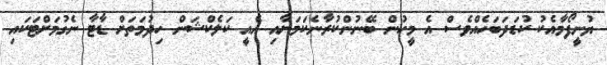
ޔުނީފޯމާއެކު ކުޑަދަބަހެއްވެސް އެ މީހުން ބޭނުންކުރާނެކަމަށާއި އެއީ ކަލެކްޝަން ހިދުމަތަށް ޑާޓާ ނެގުމަށްޓަކައި